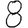
Digit: 8